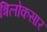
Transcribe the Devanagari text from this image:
त्रिलोकसार